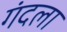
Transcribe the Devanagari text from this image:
गंदला